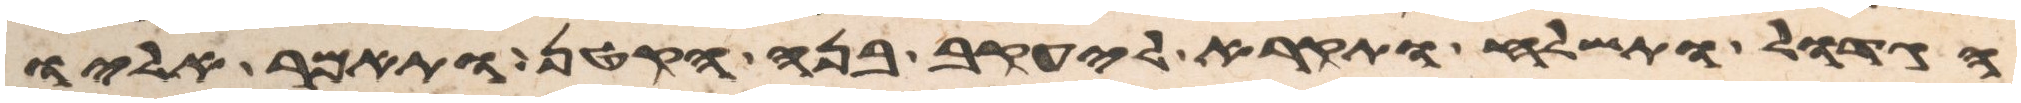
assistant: הגדול ותשלח ותקרא ליעקב בנה הקטן ותאמר אליו